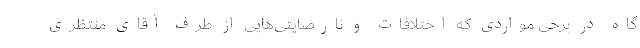
گاه در برخی مواردی که اختلافات و نارضایتی‌هایی از طرف آقای منتظری